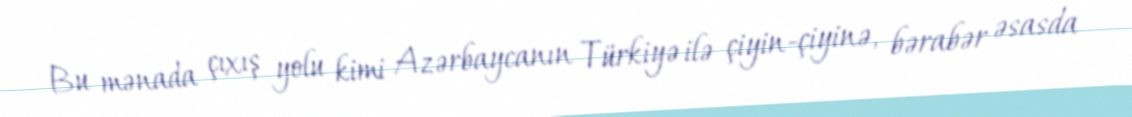
Bu mənada çıxış yolu kimi Azərbaycanın Türkiyə ilə çiyin-çiyinə, bərabər əsasda